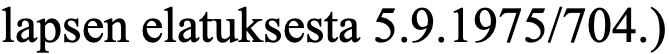
lapsen elatuksesta 5.9.1975/704.)